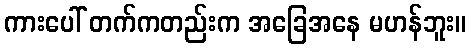
ကားပေါ် တက်ကတည်းက အခြေအနေ မဟန်ဘူး။